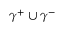
\gamma ^ { + } \cup \gamma ^ { - }